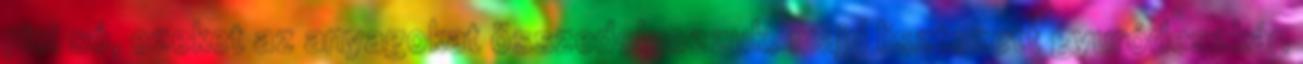
pici só, ezeket az anyagokat összedolgozzuk, majd lisztezett gyuródeszkán